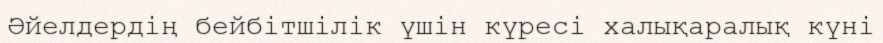
Әйелдердің бейбітшілік үшін күресі халықаралық күні